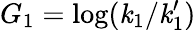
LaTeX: G_{1}=\log(\mathit{k}_{1}/\mathit{k}_{1}^{\prime})